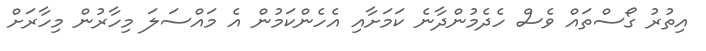
އިތުރު ގޯސްތައް ވެސް ހެދެމުންދާނެ ކަމަށާއި އެހެންކަމުން އެ މައްސަލަ މިހާރުން މިހާރަށް